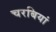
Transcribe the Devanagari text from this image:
चरबियां